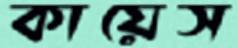
কায়েস